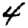
Digit: 4